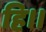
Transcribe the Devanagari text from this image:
हि।।